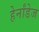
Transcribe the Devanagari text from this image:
हेर्नांडेज